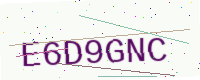
Text: E6D9GNC